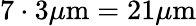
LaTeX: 7\cdot 3\mu\mathrm{m}=21\mu\mathrm{m}